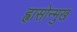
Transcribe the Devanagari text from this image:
ह्वासोन्मुख